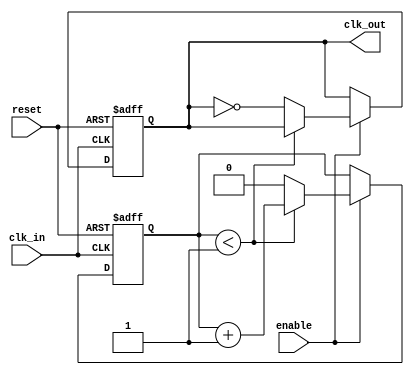
module clock_divider #(parameter DIV_FACTOR = 2) (
    input wire clk_in,
    input wire reset,
    input wire enable,
    output reg clk_out
);

    // Internal counter
    reg [$clog2(DIV_FACTOR)-1:0] counter = 0;

    always @(posedge clk_in or posedge reset) begin
        if (reset) begin
            // Reset the counter and output clock
            counter <= 0;
            clk_out <= 0;
        end else if (enable) begin
            // Increment the counter
            if (counter < DIV_FACTOR - 1) begin
                counter <= counter + 1;
            end else begin
                // Toggle the output clock and reset the counter
                clk_out <= ~clk_out;
                counter <= 0;
            end
        end
        // If enable is not active, maintain the current state of clk_out
    end

endmodule